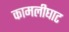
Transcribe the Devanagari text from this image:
कामलीघाट